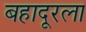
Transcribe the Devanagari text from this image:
बहादूरला